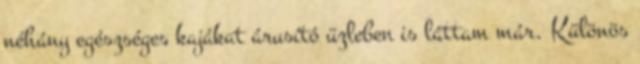
néhány egészséges kajákat árusító üzleben is láttam már. Különös